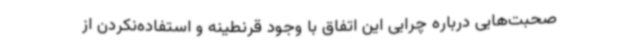
صحبت‌هایی درباره چرایی این اتفاق با وجود قرنطینه و استفاده‌نکردن از